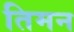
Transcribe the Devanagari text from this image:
तिमन